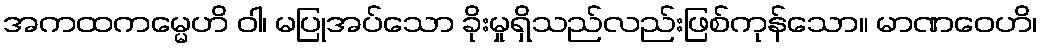
အကထကမ္မေဟိ ဝါ၊ မပြုအပ်သော ခိုးမှုရှိသည်လည်းဖြစ်ကုန်သော။ မာဏဝေဟိ၊